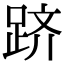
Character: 跻